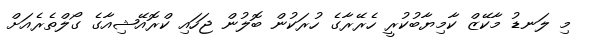
މި ލަނޑު މާކޭޒް ކާމިޔާބުކުރީ ހެރޭރާގެ ހުރަކުން ބޮލުން ޖަހައި ކްރޮއޭޝިއާގެ ގޯލްތެރެއަށް